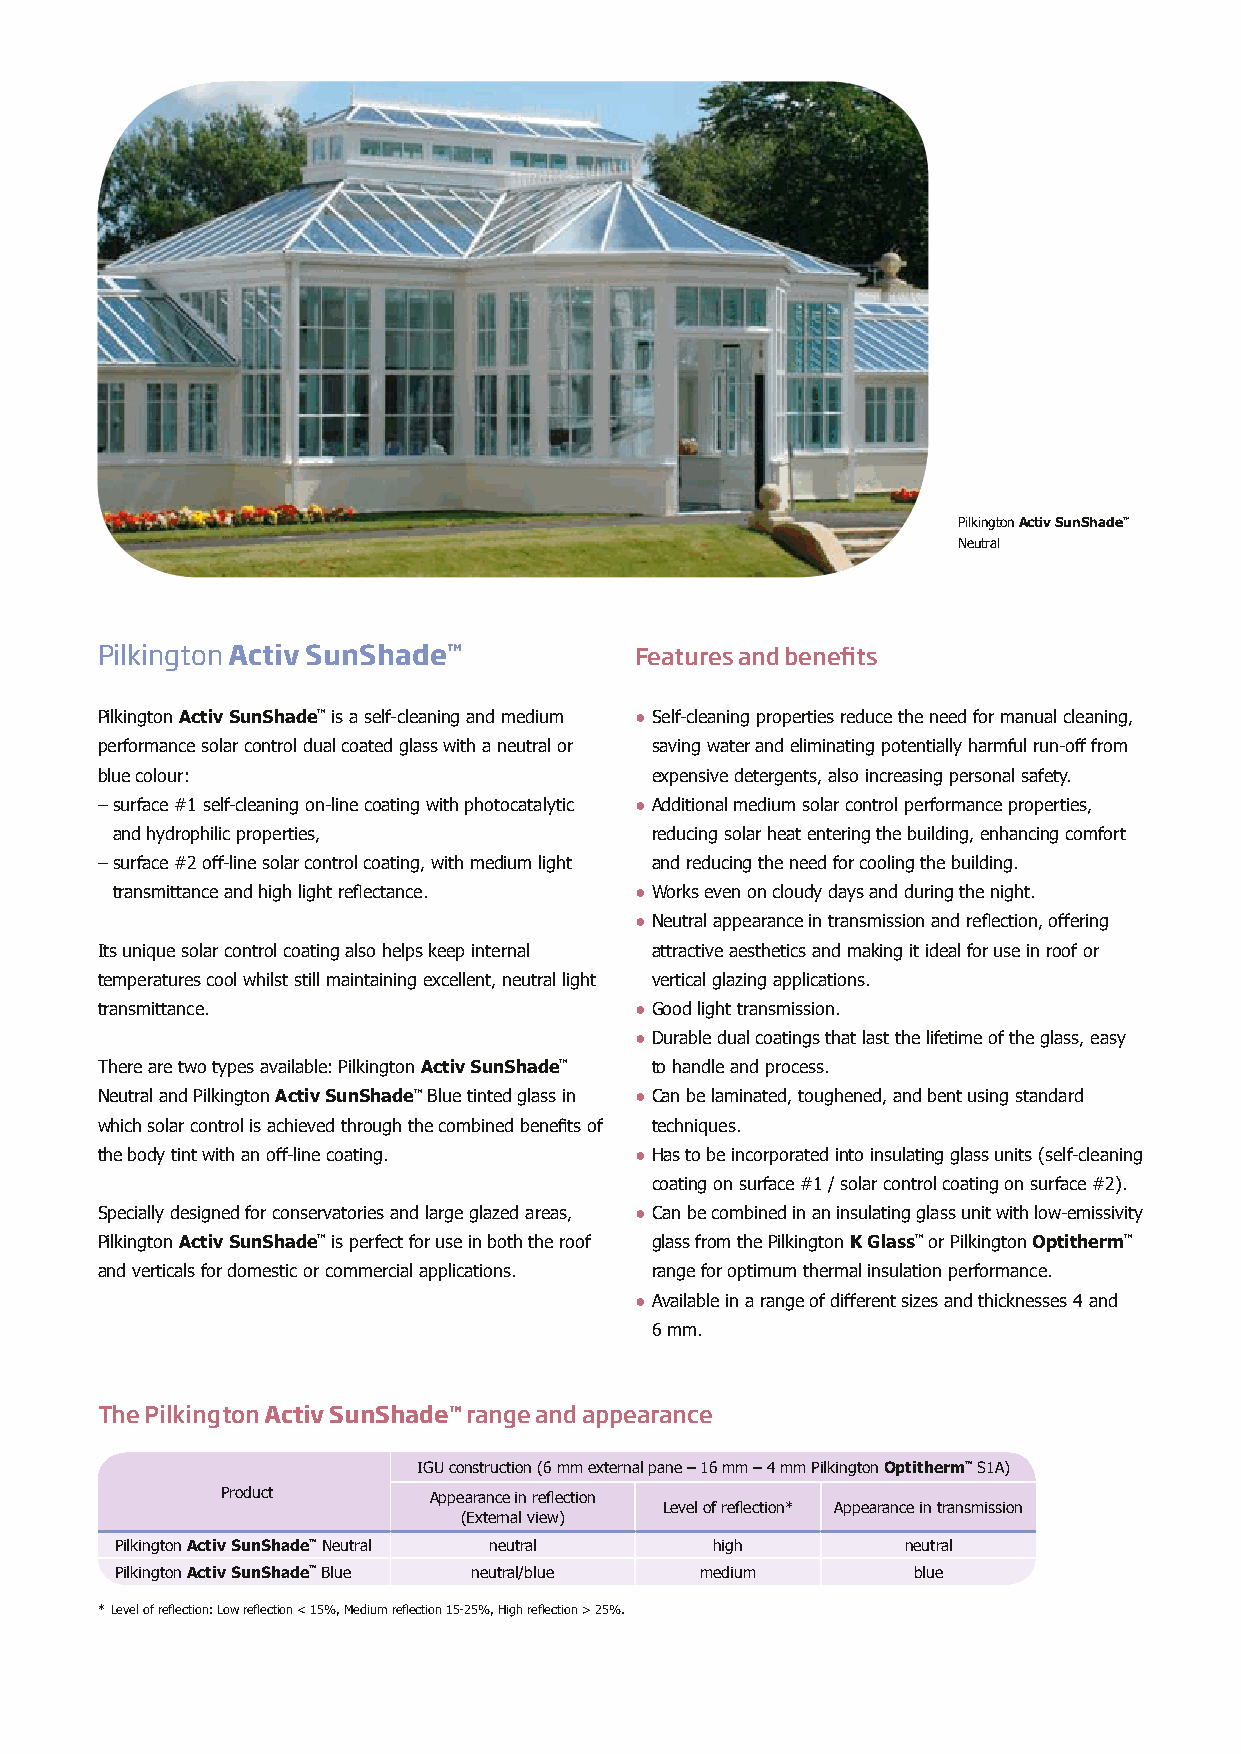
Pilkington Activ SunShade™
 Neutral
 Pilkington Activ SunShade™          Features and benefits
 Pilkington Activ SunShade™ is a self-cleaning and medium ● S elf-cleaning properties reduce the need for manual cleaning,
 performance solar control dual coated glass with a neutral or saving water and eliminating potentially harmful run-off from
 blue colour:                         expensive detergents, also increasing personal safety.
 – s urface #1 self-cleaning on-line coating with photocatalytic ● A dditional medium solar control performance properties,
 and hydrophilic properties,         reducing solar heat entering the building, enhancing comfort
 – s urface #2 off-line solar control coating, with medium light and reducing the need for cooling the building.
 transmittance and high light reflectance. ● W orks even on cloudy days and during the night.
 ● N eutral appearance in transmission and reflection, offering
 Its unique solar control coating also helps keep internal attractive aesthetics and making it ideal for use in roof or
 temperatures cool whilst still maintaining excellent, neutral light vertical glazing applications.
 transmittance.                      ● G ood light transmission.
 ● D urable dual coatings that last the lifetime of the glass, easy
 There are two types available: Pilkington Activ SunShade™ to handle and process.
 Neutral and Pilkington Activ SunShade™ Blue tinted glass in ● C an be laminated, toughened, and bent using standard
 which solar control is achieved through the combined benefits of techniques.
 the body tint with an off-line coating. ● H as to be incorporated into insulating glass units (self-cleaning
 coating on surface #1 / solar control coating on surface #2).
 Specially designed for conservatories and large glazed areas, ● C an be combined in an insulating glass unit with low-emissivity
 Pilkington Activ SunShade™ is perfect for use in both the roof glass from the Pilkington K Glass™ or Pilkington Optitherm™
 and verticals for domestic or commercial applications. range for optimum thermal insulation performance.
 ● A vailable in a range of different sizes and thicknesses 4 and
 6 mm.
 The Pilkington Activ SunShade™ range and appearance
 IGU construction (6 mm external pane – 16 mm – 4 mm Pilkington Optitherm™ S1A)
 Product      Appearance in reflection
 Level of reflection* Appearance in transmission
 (External view)
 Pilkington Activ SunShade™ Neutral neutral high     neutral
 Pilkington Activ SunShade™ Blue neutral/blue medium blue
 * Level of reflection: Low reflection < 15%, Medium reflection 15-25%, High reflection > 25%.